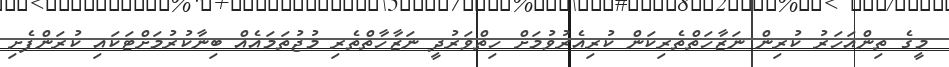
މީގެ ތިންއަހަރު ކުރިން ނަޒާހަތްތެރިކަން ކުރިއެރުވުމަށް ހިތްވަރުދީ ނަޒާހާތްތެރި މުޖުތަމައެއް ބިނާކުރުމަށްޓަކައި ކުުރަންފެށި